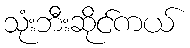
သုံးဘီးဆိုင်ကယ်